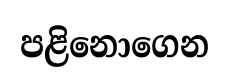
පළිනොගෙන